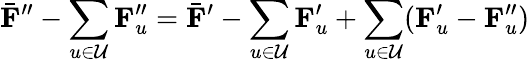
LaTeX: \bar{{\mathbf{F}}}^{\prime\prime}-\sum_{u\in\mathcal{U}}{\mathbf{F}}_{u}^{\prime\prime}=\bar{{\mathbf{F}}}^{\prime}-\sum_{u\in\mathcal{U}}{\mathbf{F}}_{u}^{\prime}+\sum_{u\in\mathcal{U}}({\mathbf{F}}_{u}^{\prime}-{\mathbf{F}}_{u}^{\prime\prime})